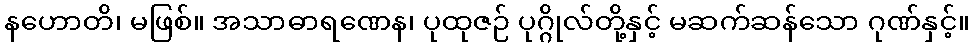
နဟောတိ၊ မဖြစ်။ အသာဓာရဏေန၊ ပုထုဇဉ် ပုဂ္ဂိုလ်တို့နှင့် မဆက်ဆန်သော ဂုဏ်နှင့်။